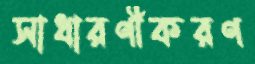
সাধারণীকরণ